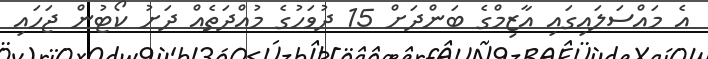
އެ މައްސަލައިގައި އާޒިމްގެ ބަންދަށް 15 ދުވަހުގެ މުއްދަތެއް ދަށު ކޯޓުން ޖަހައި